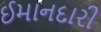
ઈમાનદારી